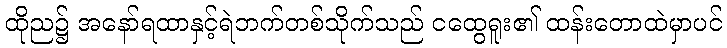
ထိုည၌ အနော်ရထာနှင့်ရဲဘက်တစ်သိုက်သည် ငထွေရူး၏ ထန်းတောထဲမှာပင်